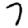
Digit: 7